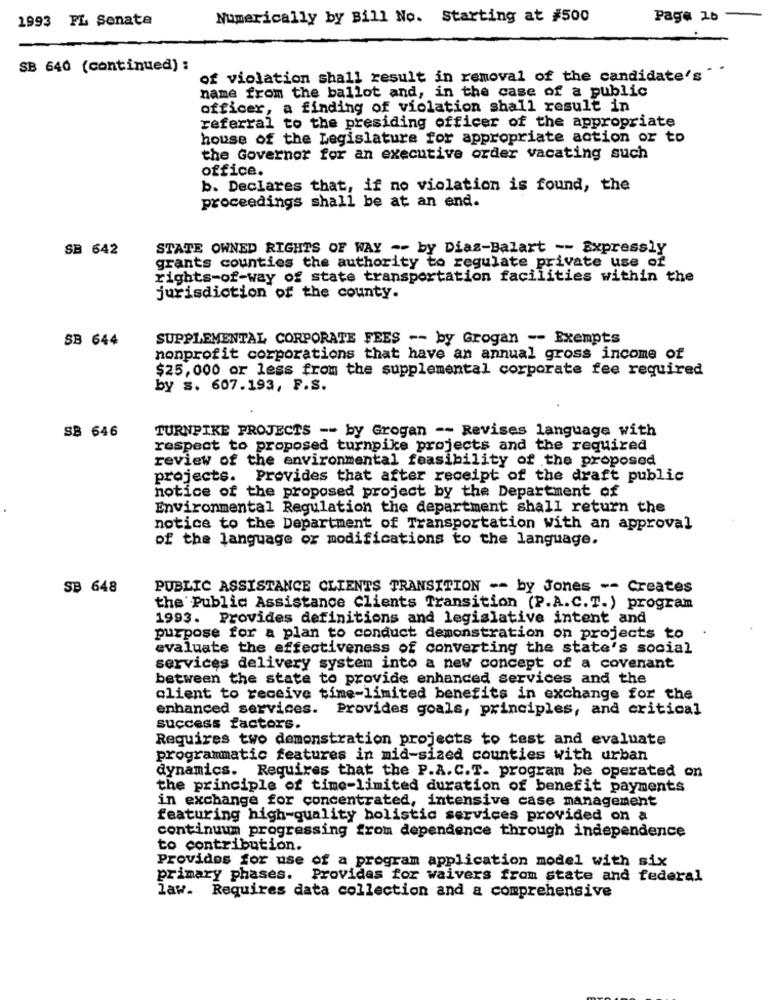
1993 FL Senate
Numerically by Bill No. Starting at #500
Page 1b
-
SB 640 (continued) :
of violation shall result in removal of the candidate's "
name from the ballot and, in the case of a public
officer, a finding of violation shall result in
referral to the presiding officer of the appropriate
house of the Legislature for appropriate action or to
the Governor for an executive order vacating such
office.
b. Declares that, if no violation is found, the
proceedings shall be at an end.
SB 642
STATE OWNED RIGHTS OF WAY -- by Diaz-Balart -- Expressly
grants counties the authority to regulate private use of
rights-of-way of state transportation facilities within the
jurisdiction of the county.
SB 644
SUPPLEMENTAL CORPORATE FEES -- by Grogan -- Exempts
nonprofit corporations that have an annual gross income of
$25, 000 or less from the supplemental corporate fee required
by s. 607.193, F.S.
SB 646
TURNPIKE PROJECTS -- by Grogan -- Revises language with
respect to proposed turnpike projects and the required
review of the environmental feasibility of the proposed
projects. Provides that after receipt of the draft public
notice of the proposed project by the Department of
Environmental Regulation the department shall return the
notice to the Department of Transportation with an approval
of the language or modifications to the language.
SB 648
PUBLIC ASSISTANCE CLIENTS TRANSITION -- by Jones -- Creates
the Public Assistance Clients Transition (P.A.C.T.) program
1993. Provides definitions and legislative intent and
purpose for a plan to conduct demonstration on projects to
evaluate the effectiveness of converting the state's social
services delivery system into a new concept of a covenant
between the state to provide enhanced services and the
client to receive time-limited benefits in exchange for the
enhanced services. Provides goals, principles, and critical
success factors.
Requires two demonstration projects to test and evaluate
programmatic features in mid-sized counties with urban
dynamics. Requires that the P.A. C.T. program be operated on
the principle of time-limited duration of benefit payments
in exchange for concentrated, intensive case management
featuring high-quality holistic services provided on a
continuum progressing from dependence through independence
to contribution.
Provides for use of a program application model with six
primary phases. Provides for waivers from state and federal
law. Requires data collection and a comprehensive